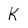
Character: K